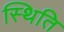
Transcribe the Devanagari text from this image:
स्थिति